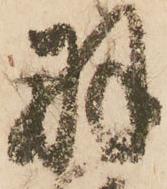
羽